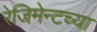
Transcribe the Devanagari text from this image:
रेजिमेन्टच्या